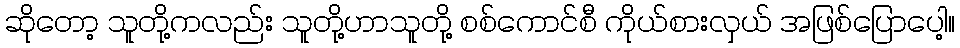
ဆိုတော့ သူတို့ကလည်း သူတို့ဟာသူတို့ စစ်ကောင်စီ ကိုယ်စားလှယ် အဖြစ်ပြောပေါ့။